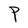
Character: P